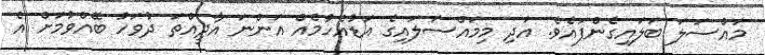
މައްސަލަ ބަލައިގެންފައެވެ. އަދި މިމައްސަލައިގެ އަޑުއެހުމެއް އަންނަ އާދީއްތަ ދުވަހު ބޭއްވުމަށް އެ